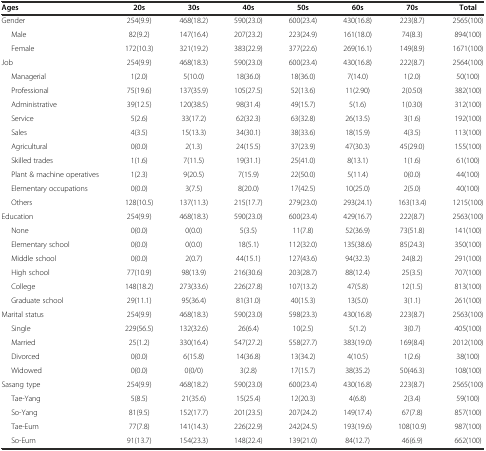
<table><thead><tr><td><b>Ages</b></td><td><b>20s</b></td><td><b>30s</b></td><td><b>40s</b></td><td><b>50s</b></td><td><b>60s</b></td><td><b>70s</b></td><td><b>Total</b></td></tr></thead><tbody><tr><td>Gender</td><td>254(9.9)</td><td>468(18.2)</td><td>590(23.0)</td><td>600(23.4)</td><td>430(16.8)</td><td>223(8.7)</td><td>2565(100)</td></tr><tr><td>Male</td><td>82(9.2)</td><td>147(16.4)</td><td>207(23.2)</td><td>223(24.9)</td><td>161(18.0)</td><td>74(8.3)</td><td>894(100)</td></tr><tr><td>Female</td><td>172(10.3)</td><td>321(19.2)</td><td>383(22.9)</td><td>377(22.6)</td><td>269(16.1)</td><td>149(8.9)</td><td>1671(100)</td></tr><tr><td>Job</td><td>254(9.9)</td><td>468(18.3)</td><td>590(23.0)</td><td>600(23.4)</td><td>430(16.8)</td><td>222(8.7)</td><td>2564(100)</td></tr><tr><td>Managerial</td><td>1(2.0)</td><td>5(10.0)</td><td>18(36.0)</td><td>18(36.0)</td><td>7(14.0)</td><td>1(2.0)</td><td>50(100)</td></tr><tr><td>Professional</td><td>75(19.6)</td><td>137(35.9)</td><td>105(27.5)</td><td>52(13.6)</td><td>11(2.90)</td><td>2(0.50)</td><td>382(100)</td></tr><tr><td>Administrative</td><td>39(12.5)</td><td>120(38.5)</td><td>98(31.4)</td><td>49(15.7)</td><td>5(1.6)</td><td>1(0.30)</td><td>312(100)</td></tr><tr><td>Service</td><td>5(2.6)</td><td>33(17.2)</td><td>62(32.3)</td><td>63(32.8)</td><td>26(13.5)</td><td>3(1.6)</td><td>192(100)</td></tr><tr><td>Sales</td><td>4(3.5)</td><td>15(13.3)</td><td>34(30.1)</td><td>38(33.6)</td><td>18(15.9)</td><td>4(3.5)</td><td>113(100)</td></tr><tr><td>Agricultural</td><td>0(0.0)</td><td>2(1.3)</td><td>24(15.5)</td><td>37(23.9)</td><td>47(30.3)</td><td>45(29.0)</td><td>155(100)</td></tr><tr><td>Skilled trades</td><td>1(1.6)</td><td>7(11.5)</td><td>19(31.1)</td><td>25(41.0)</td><td>8(13.1)</td><td>1(1.6)</td><td>61(100)</td></tr><tr><td>Plant &amp; machine operatives</td><td>1(2.3)</td><td>9(20.5)</td><td>7(15.9)</td><td>22(50.0)</td><td>5(11.4)</td><td>0(0.0)</td><td>44(100)</td></tr><tr><td>Elementary occupations</td><td>0(0.0)</td><td>3(7.5)</td><td>8(20.0)</td><td>17(42.5)</td><td>10(25.0)</td><td>2(5.0)</td><td>40(100)</td></tr><tr><td>Others</td><td>128(10.5)</td><td>137(11.3)</td><td>215(17.7)</td><td>279(23.0)</td><td>293(24.1)</td><td>163(13.4)</td><td>1215(100)</td></tr><tr><td>Education</td><td>254(9.9)</td><td>468(18.3)</td><td>590(23.0)</td><td>600(23.4)</td><td>429(16.7)</td><td>222(8.7)</td><td>2563(100)</td></tr><tr><td>None</td><td>0(0.0)</td><td>0(0.0)</td><td>5(3.5)</td><td>11(7.8)</td><td>52(36.9)</td><td>73(51.8)</td><td>141(100)</td></tr><tr><td>Elementary school</td><td>0(0.0)</td><td>0(0.0)</td><td>18(5.1)</td><td>112(32.0)</td><td>135(38.6)</td><td>85(24.3)</td><td>350(100)</td></tr><tr><td>Middle school</td><td>0(0.0)</td><td>2(0.7)</td><td>44(15.1)</td><td>127(43.6)</td><td>94(32.3)</td><td>24(8.2)</td><td>291(100)</td></tr><tr><td>High school</td><td>77(10.9)</td><td>98(13.9)</td><td>216(30.6)</td><td>203(28.7)</td><td>88(12.4)</td><td>25(3.5)</td><td>707(100)</td></tr><tr><td>College</td><td>148(18.2)</td><td>273(33.6)</td><td>226(27.8)</td><td>107(13.2)</td><td>47(5.8)</td><td>12(1.5)</td><td>813(100)</td></tr><tr><td>Graduate school</td><td>29(11.1)</td><td>95(36.4)</td><td>81(31.0)</td><td>40(15.3)</td><td>13(5.0)</td><td>3(1.1)</td><td>261(100)</td></tr><tr><td>Marital status</td><td>254(9.9)</td><td>468(18.3)</td><td>590(23.0)</td><td>598(23.3)</td><td>430(16.8)</td><td>223(8.7)</td><td>2563(100)</td></tr><tr><td>Single</td><td>229(56.5)</td><td>132(32.6)</td><td>26(6.4)</td><td>10(2.5)</td><td>5(1.2)</td><td>3(0.7)</td><td>405(100)</td></tr><tr><td>Married</td><td>25(1.2)</td><td>330(16.4)</td><td>547(27.2)</td><td>558(27.7)</td><td>383(19.0)</td><td>169(8.4)</td><td>2012(100)</td></tr><tr><td>Divorced</td><td>0(0.0)</td><td>6(15.8)</td><td>14(36.8)</td><td>13(34.2)</td><td>4(10.5)</td><td>1(2.6)</td><td>38(100)</td></tr><tr><td>Widowed</td><td>0(0.0)</td><td>0(0/0)</td><td>3(2.8)</td><td>17(15.7)</td><td>38(35.2)</td><td>50(46.3)</td><td>108(100)</td></tr><tr><td>Sasang type</td><td>254(9.9)</td><td>468(18.2)</td><td>590(23.0)</td><td>600(23.4)</td><td>430(16.8)</td><td>223(8.7)</td><td>2565(100)</td></tr><tr><td>Tae-Yang</td><td>5(8.5)</td><td>21(35.6)</td><td>15(25.4)</td><td>12(20.3)</td><td>4(6.8)</td><td>2(3.4)</td><td>59(100)</td></tr><tr><td>So-Yang</td><td>81(9.5)</td><td>152(17.7)</td><td>201(23.5)</td><td>207(24.2)</td><td>149(17.4)</td><td>67(7.8)</td><td>857(100)</td></tr><tr><td>Tae-Eum</td><td>77(7.8)</td><td>141(14.3)</td><td>226(22.9)</td><td>242(24.5)</td><td>193(19.6)</td><td>108(10.9)</td><td>987(100)</td></tr><tr><td>So-Eum</td><td>91(13.7)</td><td>154(23.3)</td><td>148(22.4)</td><td>139(21.0)</td><td>84(12.7)</td><td>46(6.9)</td><td>662(100)</td></tr></tbody></table>